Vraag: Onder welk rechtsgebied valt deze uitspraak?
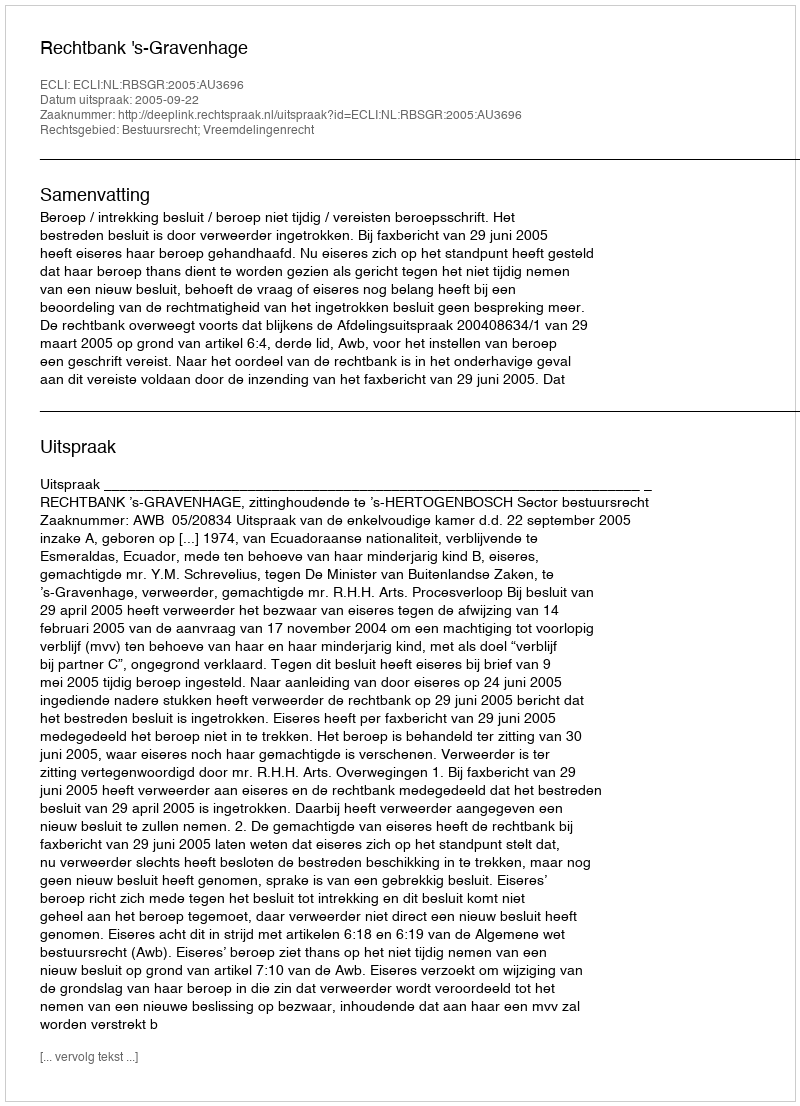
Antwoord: Bestuursrecht; Vreemdelingenrecht